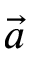
\vec { a }